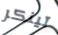
تينكر